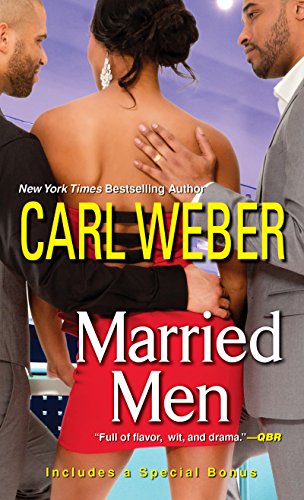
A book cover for Married Men (A Man's World Series); Carl Weber; Romance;